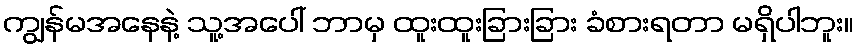
ကျွန်မအနေနဲ့ သူ့အပေါ် ဘာမှ ထူးထူးခြားခြား ခံစားရတာ မရှိပါဘူး။